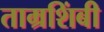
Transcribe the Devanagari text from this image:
ताम्रशिंबी